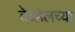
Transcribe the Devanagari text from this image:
वेव्हेलच्या